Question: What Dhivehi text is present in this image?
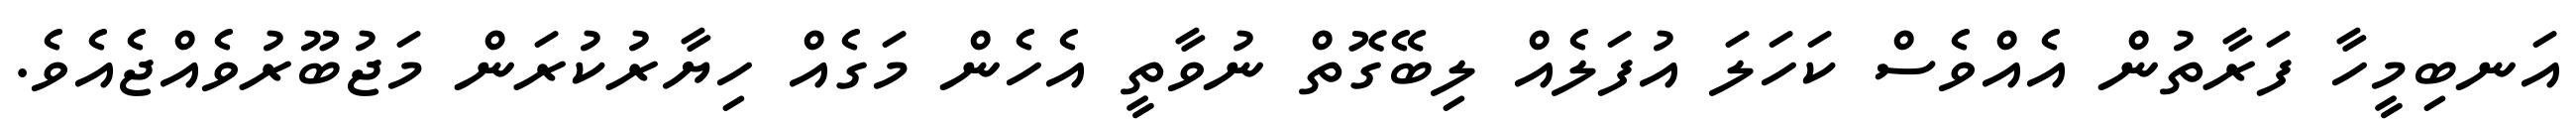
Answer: އަނބިމީހާ ފަރާތުން އެއްވެސް ކަހަލަ އުފަލެއް ލިބޭގޮތް ނުވާތީ އެހެން މަގެއް ހިޔާރުކުރަން މަޖުބޫރުވެއްޖެއެވެ.